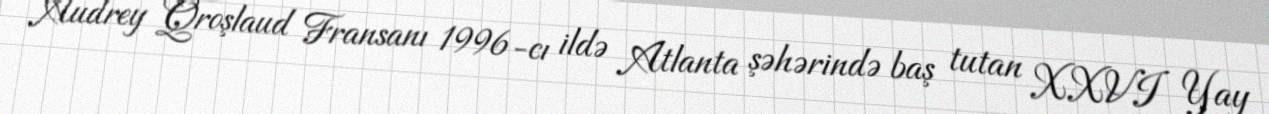
Audrey Qroşlaud Fransanı 1996-cı ildə Atlanta şəhərində baş tutan XXVI Yay